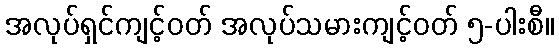
အလုပ်ရှင်ကျင့်ဝတ် အလုပ်သမားကျင့်ဝတ် ၅-ပါးစီ။